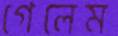
গেলেম